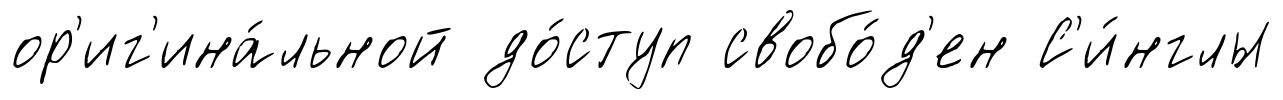
ор'иг'ина́льной до́ступ свобо́д'ен С'и́нглы